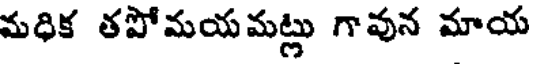
మధిక తపోమయమట్లు గావున మాయ